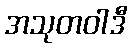
အသုတဝါဒီ